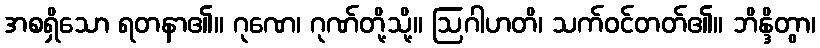
အစရှိသော ရတနာ၏။ ဂုဏေ၊ ဂုဏ်တို့သို့။ ဩဂါဟတိ၊ သက်ဝင်တတ်၏။ ဘိန္ဒိတွာ၊